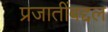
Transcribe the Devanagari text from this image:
प्रजातींबद्दल